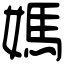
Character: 媽